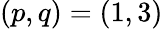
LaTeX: (p,q)=(1,3)